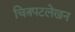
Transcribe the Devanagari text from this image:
चित्रपटलेखन